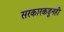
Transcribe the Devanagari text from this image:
सरकारकडूनही